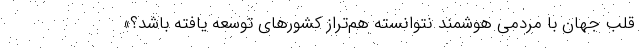
قلب جهان با مردمی هوشمند نتوانسته هم‌تراز کشور‌های توسعه یافته باشد؟»